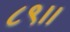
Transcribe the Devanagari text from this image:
८९।।